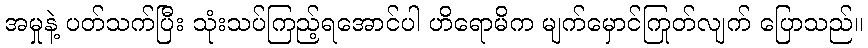
အမှုနဲ့ ပတ်သက်ပြီး သုံးသပ်ကြည့်ရအောင်ပါ ဟိရောမိက မျက်မှောင်ကြုတ်လျက် ပြောသည်။